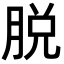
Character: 脱